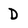
Character: D